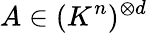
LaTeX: A\in(K^{n})^{\otimes d}